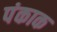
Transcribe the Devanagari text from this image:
पंकाक